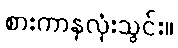
စားကာနှလုံးသွင်း။